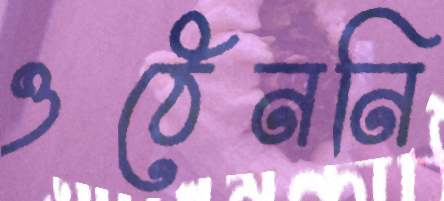
ওঠেননি